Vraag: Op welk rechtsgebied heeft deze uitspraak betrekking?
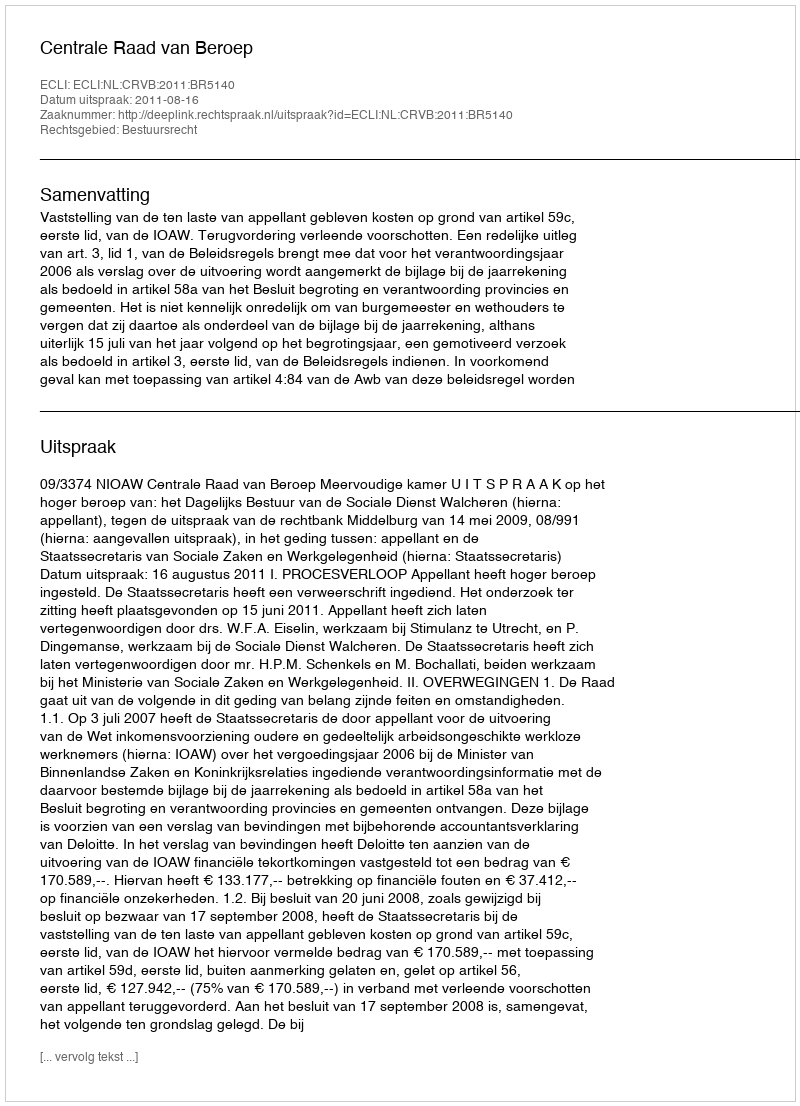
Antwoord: Bestuursrecht